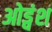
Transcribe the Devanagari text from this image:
ओड्वंश